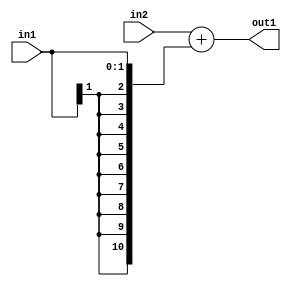
`timescale 1ps / 1ps
/*****************************************************************************
    Verilog RTL Description
    
    
    Created by: Stratus DpOpt 2019.1.01 
*******************************************************************************/

module SobelFilter_Add_9Ux2S_11S_4 (
	in2,
	in1,
	out1
	); /* architecture "behavioural" */ 
input [8:0] in2;
input [1:0] in1;
output [10:0] out1;
wire [10:0] asc001;

assign asc001 = 
	+(in2)
	+({{9{in1[1]}}, in1});

assign out1 = asc001;
endmodule

/* CADENCE  ubLwTwA= : u9/ySgnWtBlWxVPRXgAZ4Og= ** DO NOT EDIT THIS LINE ******/